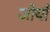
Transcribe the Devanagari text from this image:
जोयाँ